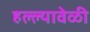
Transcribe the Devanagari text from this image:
हल्ल्यावेळी